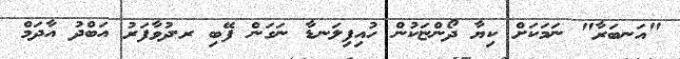
"އަނބަރާ" ނަމަަކަށް ކިޔާ ދޯންޏަކުން ހުއިފިލަނޑާ ނަގަން ފޭބި ރ.ދުވާފަރު އަބްދު އާދަމް